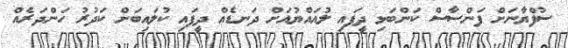
ސުފްޔާނަށް ފަންސާސް ކަންބަޅި ދީފައި ލުއައްޔުއަށް ދަނޑެއް ދީފައި ކުލައިބަށް ކަދުރު ހަންދަރެއް